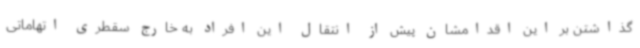
گذاشتن بر این اقدامشان پیش از انتقال این افراد به خارج سقطری اتهاماتی